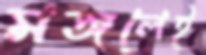
মঙ্গলেই